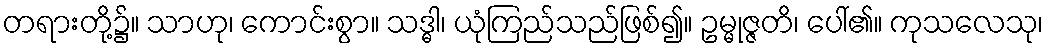
တရားတို့၌။ သာဟု၊ ကောင်းစွာ။ သဒ္ဓါ၊ ယုံကြည်သည်ဖြစ်၍။ ဥမ္မုဇ္ဇတိ၊ ပေါ်၏။ ကုသလေသု၊